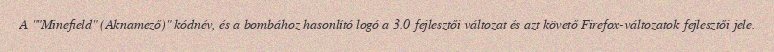
A ""Minefield" (Aknamező)" kódnév, és a bombához hasonlító logó a 3.0 fejlesztői változat és azt követő Firefox-változatok fejlesztői jele.